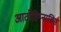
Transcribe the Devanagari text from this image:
आटोहिप्नासिस